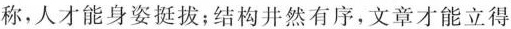
称，人才能身姿挺拔；结构井然有序，文章才能立得